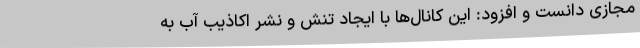
مجازی دانست و افزود: این کانال‌ها با ایجاد تنش و نشر اکاذیب آب به